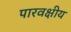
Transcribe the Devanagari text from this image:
पारवक्षीय